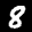
Digit: 8